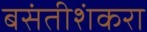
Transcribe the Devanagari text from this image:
बसंतीशंकरा